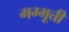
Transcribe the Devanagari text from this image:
मम्मूत्ती